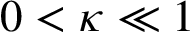
0 < \kappa \ll 1